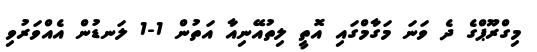
މިގްރޫޕްގެ ދެ ވަނަ މަގާމްގައި އޮތީ ލިތުއޭނިއާ އަތުން 1-1 ލަނޑުން އެއްވަރުވި